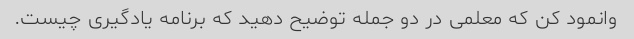
وانمود کن که معلمی در دو جمله توضیح دهید که برنامه یادگیری چیست.